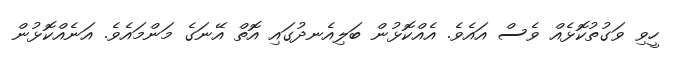
ހީވި ވަގުތުކޮޅެއް ވެސް އައެވެ. އެއްކޮޅުން ބަލިއެނދުގައި އޮތް އޭނަގެ މަންމައެވެ. އަނެއްކޮޅުން